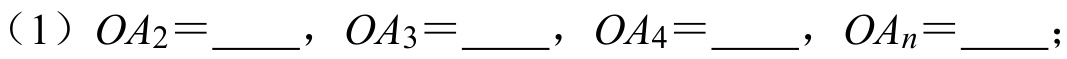
（1）\(OA_{2}=\underline{\quad}\)，\(OA_{3}=\underline{\quad}\)，\(OA_{4}=\underline{\quad}\)，\(OA_{n}=\underline{\quad}\)；